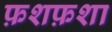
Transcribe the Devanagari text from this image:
फ़शफ़शा